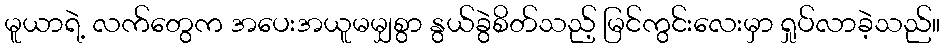
မူယာရဲ့ လက်တွေက အပေးအယူမမျှစွာ နွယ်ခွဲစိတ်သည့် မြင်ကွင်းလေးမှာ ရှုပ်လာခဲ့သည်။